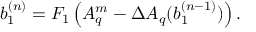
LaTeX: b _ { 1 } ^ { ( n ) } = F _ { 1 } \left( A _ { q } ^ { m } - \Delta A _ { q } ( b _ { 1 } ^ { ( n - 1 ) } ) \right) .